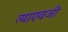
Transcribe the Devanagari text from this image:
त्याएवजी